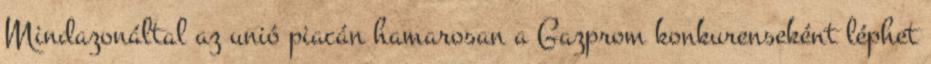
Mindazonáltal az unió piacán hamarosan a Gazprom konkurenseként léphet